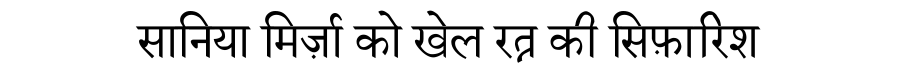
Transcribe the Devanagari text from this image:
सानिया मिर्ज़ा को खेल रत्न की सिफ़ारिश